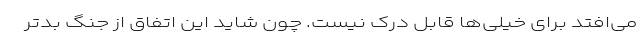
می‌افتد برای خیلی‌ها قابل درک نیست. چون شاید این اتفاق از جنگ بدتر